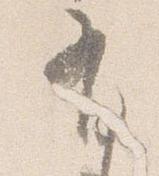
有